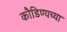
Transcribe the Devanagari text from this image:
कौडिण्यच्या